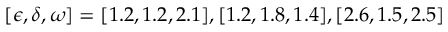
[ \epsilon , \delta , \omega ] = [ 1 . 2 , 1 . 2 , 2 . 1 ] , [ 1 . 2 , 1 . 8 , 1 . 4 ] , [ 2 . 6 , 1 . 5 , 2 . 5 ]